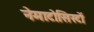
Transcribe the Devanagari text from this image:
नेमाटोसिस्टों